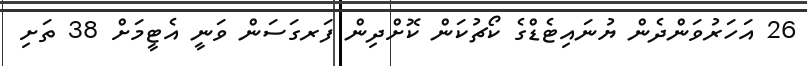
26 އަހަރުވަންދެން ޔުނައިޓެޑްގެ ކޯޗުކަން ކޮށްދިން ފަރގަސަން ވަނީ އެޓީމަށް 38 ތަށި